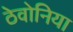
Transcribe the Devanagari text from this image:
ठेवोनिया